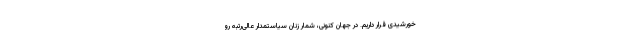
خورشیدی قرار داریم. در جهان کنونی، شمار زنان سیاستمدار عالی‌رتبه رو